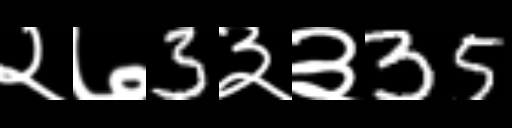
Text: २७3३३35